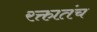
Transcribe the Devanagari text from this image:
रक्तातंच